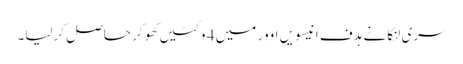
سری لنکا نے ہدف انیسویں اوور میں 4 وکٹیں کھو کر حاصل کرلیا۔